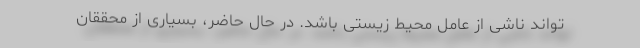
‌تواند ناشی از عامل محیط زیستی باشد. در حال حاضر، بسیاری از محققان